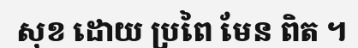
សុខ ដោយ ប្រពៃ មែន ពិត ។